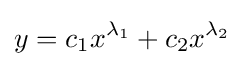
y=c_{1}x^{\lambda _{1}}+c_{2}x^{\lambda _{2}}